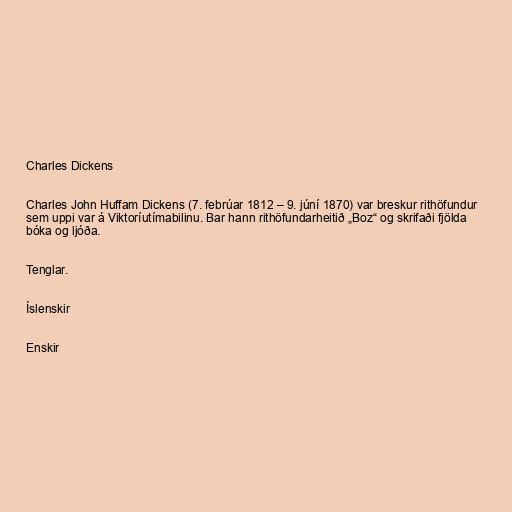
Charles Dickens

Charles John Huffam Dickens (7. febrúar 1812 – 9. júní 1870) var breskur rithöfundur
sem uppi var á Viktoríutímabilinu. Bar hann rithöfundarheitið „Boz“ og skrifaði fjölda
bóka og ljóða.

Tenglar.

Íslenskir

Enskir